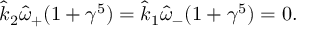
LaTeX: \hat { k } _ { 2 } \hat { \omega } _ { + } ( 1 + \gamma ^ { 5 } ) = \hat { k } _ { 1 } \hat { \omega } _ { - } ( 1 + \gamma ^ { 5 } ) = 0 .